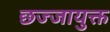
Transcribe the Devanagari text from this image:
छज्जायुक्त